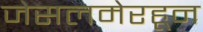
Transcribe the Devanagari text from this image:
जेसलमेरहून